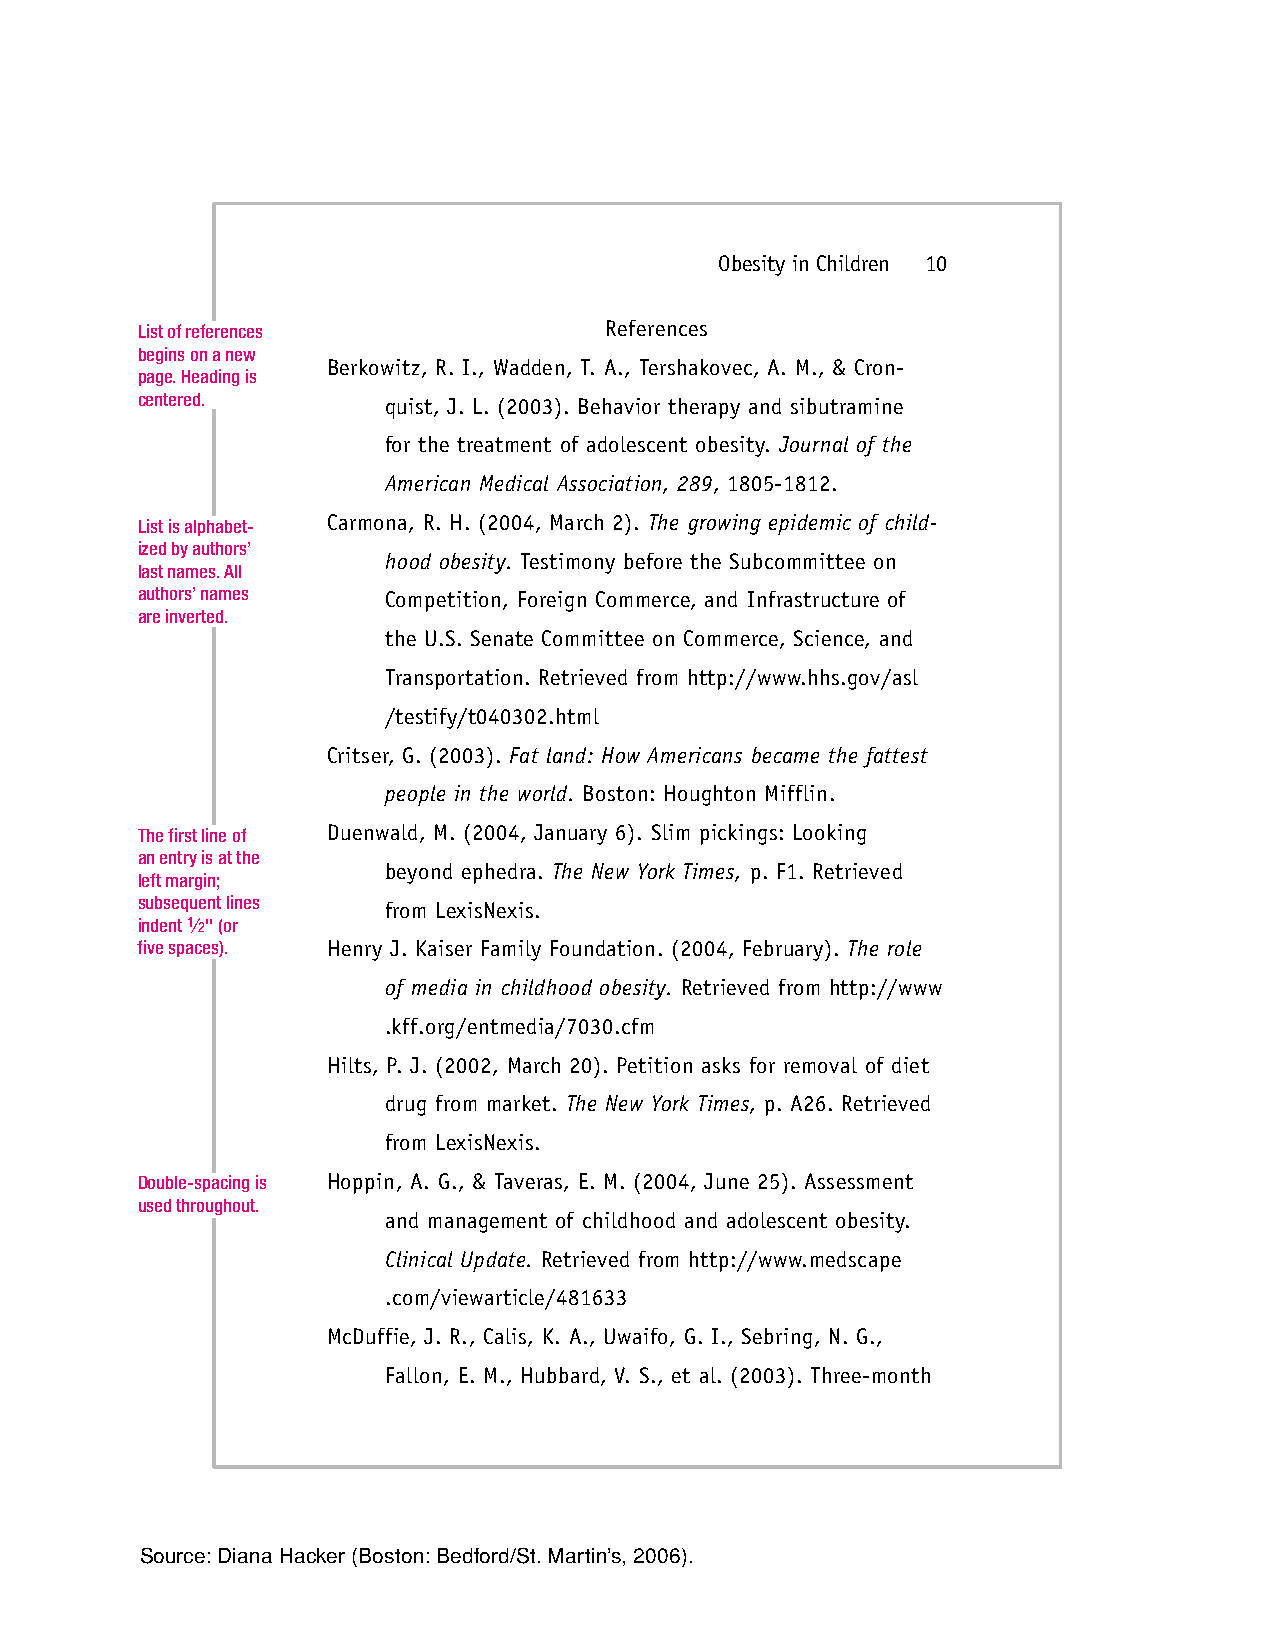
Obesity in Children 10
 List of references             References
 begins on a new
 Berkowitz, R. I., Wadden, T. A., Tershakovec, A. M., & Cron-
 page. Heading is
 centered.        quist, J. L. (2003). Behavior therapy and sibutramine
 for the treatment of adolescent obesity. Journal of the
 American Medical Association, 289, 1805-1812.
 List is alphabet- Carmona, R. H. (2004, March 2). The growing epidemic of child-
 ized by authors’
 hood obesity. Testimony before the Subcommittee on
 last names. All
 authors’ names   Competition, Foreign Commerce, and Infrastructure of
 are inverted.
 the U.S. Senate Committee on Commerce, Science, and
 Transportation. Retrieved from http://www.hhs.gov/asl
 /testify/t040302.html
 Critser, G. (2003). Fat land: How Americans became the fattest
 people in the world. Boston: Houghton Mifflin.
 The first line of Duenwald, M. (2004, January 6). Slim pickings: Looking
 an entry is at the
 beyond ephedra. The New York Times, p. F1. Retrieved
 left margin;
 subsequent lines from LexisNexis.
 indent 1⁄2'' (or
 five spaces). Henry J. Kaiser Family Foundation. (2004, February). The role
 of media in childhood obesity. Retrieved from http://www
 .kff.org/entmedia/7030.cfm
 Hilts, P. J. (2002, March 20). Petition asks for removal of diet
 drug from market. The New York Times, p. A26. Retrieved
 from LexisNexis.
 Double-spacing is Hoppin, A. G., & Taveras, E. M. (2004, June 25). Assessment
 used throughout.
 and management of childhood and adolescent obesity.
 Clinical Update. Retrieved from http://www.medscape
 .com/viewarticle/481633
 McDuffie, J. R., Calis, K. A., Uwaifo, G. I., Sebring, N. G.,
 Fallon, E. M., Hubbard, V. S., et al. (2003). Three-month
 Source:Diana Hacker (Boston:Bedford/St.Martin’s, 2006).